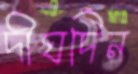
দীঘদিন